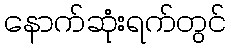
နောက်ဆုံးရက်တွင်